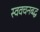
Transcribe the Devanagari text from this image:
स्ववचनबद्ध